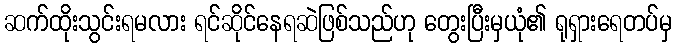
ဆက်ထိုးသွင်းရမလား ရင်ဆိုင်နေရဆဲဖြစ်သည်ဟု တွေးပြီးမှယုံ၏ ရုရှားရေတပ်မှ